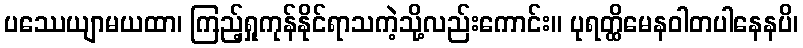
ပဿေယျာမယထာ၊ ကြည့်ရှုကုန်နိုင်ရာသကဲ့သို့လည်းကောင်း။ ပုရတ္ထိမေနဝါတပါနေနပိ၊